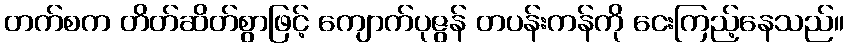
တက်စက တိတ်ဆိတ်စွာဖြင့် ကျောက်ပုဇွန် တပန်းကန်ကို ငေးကြည့်နေသည်။